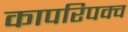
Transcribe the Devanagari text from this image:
कापरिपक्व